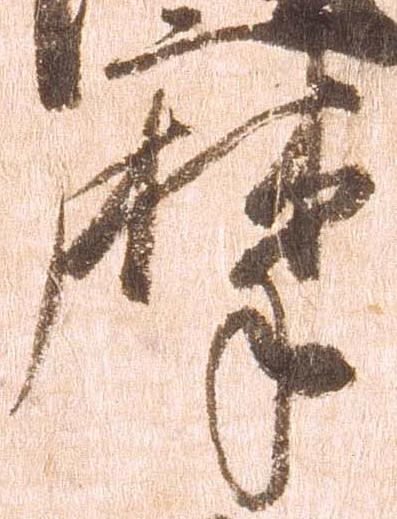
摩